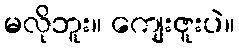
မလိုဘူး။ ကျေးဇူးပဲ။